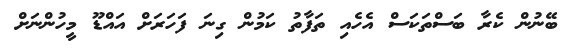
ބޭނުން ކެރާ ބަސްތަކަސް އެހެއި ތަފާތު ކަމުން ގިނަ ފަހަރަށް އައްޑޫ މީހުންނަށް